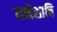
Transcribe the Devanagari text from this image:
यक्षेशाचि